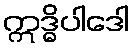
ဣဒ္ဓိပါဒေါ